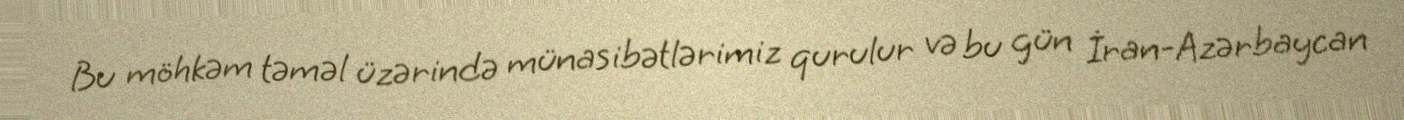
Bu möhkəm təməl üzərində münasibətlərimiz qurulur və bu gün İran-Azərbaycan